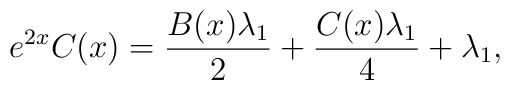
e^{2x}C(x)=\frac{B(x)\lambda_1}{2}+\frac{C(x)\lambda_1}{4}+\lambda_1,